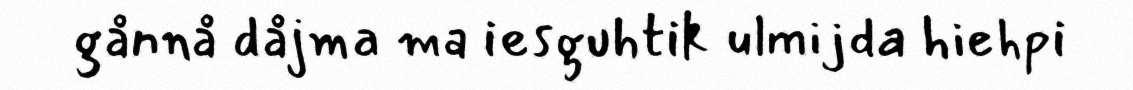
gånnå dåjma ma iesguhtik ulmijda hiehpi